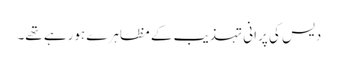
دیس کی پرانی تہذیب کے مظاہرے ہورہے تھے۔